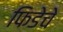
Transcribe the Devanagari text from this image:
फिडेचे